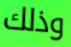
وذلك